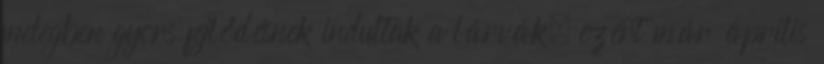
melegben gyors fejlődésnek indultak a lárvák, ezért már április